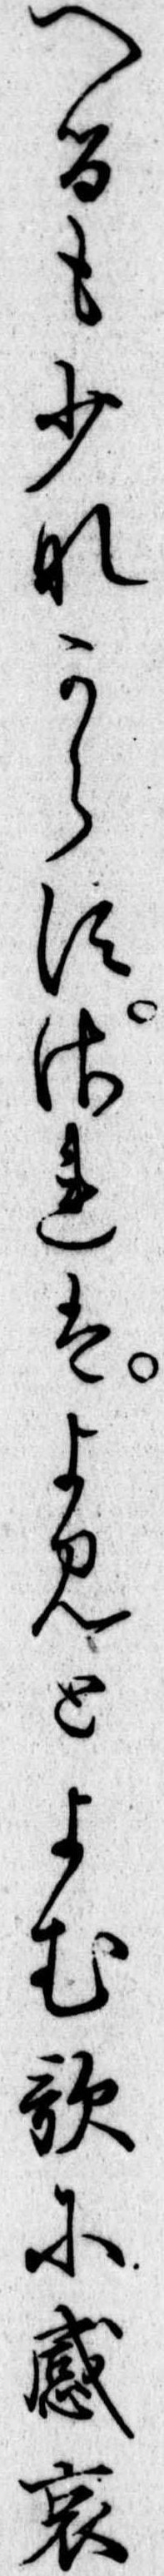
へるも少なからすされはよみとよむ歌に感哀